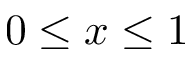
0 \le x \le 1